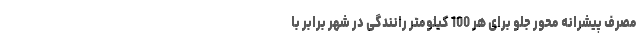
مصرف پیشرانه محور جلو برای هر 100 کیلومتر رانندگی در شهر برابر با